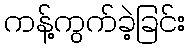
ကန့်ကွက်ခဲ့ခြင်း